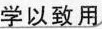
学以致用)